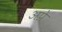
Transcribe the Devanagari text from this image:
अप्रे